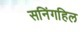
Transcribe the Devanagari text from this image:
सनिंगहिल